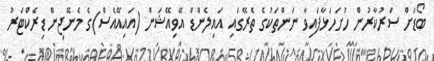
ބޯޑަށް ސަރުކާރުން ހުށަހަޅާފައިވާ ނަންތަކުގެ ތެރޭގައި އައިލެންޑް އޭވިއޭޝަން (އައިއޭއެސް)ގެ މެނޭޖިން ޑިރެކްޓަރު